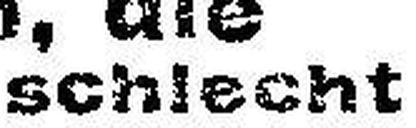
schlecht